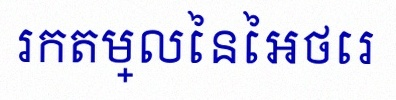
រកតម្លៃនៃអថេរ